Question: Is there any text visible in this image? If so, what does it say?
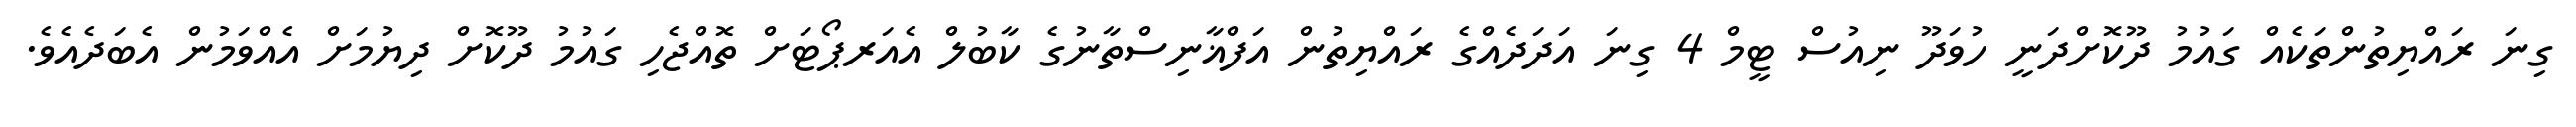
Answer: ގިނަ ރައްޔިތުންތަކެއް ގައުމު ދޫކޮށްދަނީ ހުވަދޫ ނިއުސް ޓީމް 4 ގިނަ އަދަދެއްގެ ރައްޔިތުން އަފްޣާނިސްތާނުގެ ކާބުލް އެއަރޕޯޓަށް ތޮއްޖެހި ގައުމު ދޫކޮށް ދިޔުމަށް އެއްވަމުން އެބަދެއެވެ.